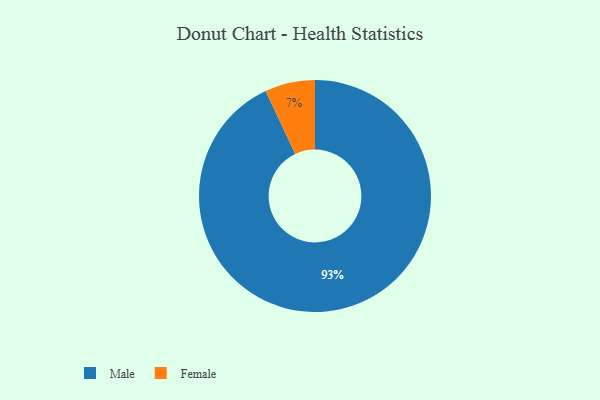
{"axis": {"x": "Category", "y": "Percentage"}, "legend": ["Female", "Male"], "data": [{"x": "Male", "y": 93, "type": "Male"}, {"x": "Female", "y": 7, "type": "Female"}]}